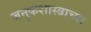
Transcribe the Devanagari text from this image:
जनुकशास्त्राच्या